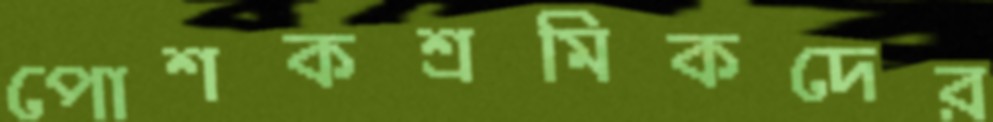
পোশকশ্রমিকদের